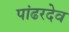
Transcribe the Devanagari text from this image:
पांढरदेव